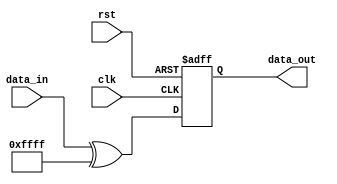
module VPN_Hardware(
    input wire clk,
    input wire rst,
    input wire [15:0] data_in,
    output wire [15:0] data_out
);

    // Implementasikan logika VPN di sini
    // Misalnya, proses enkripsi atau dekripsi data

    // Contoh: Penerapan XOR sederhana
    always @(posedge clk or posedge rst) begin
        if (rst) begin
            data_out <= 16'b0000000000000000; // Reset data keluaran saat reset aktif
        end else begin
            data_out <= data_in ^ 16'b1111111111111111; // Contoh operasi XOR sederhana
        end
    end

endmodule